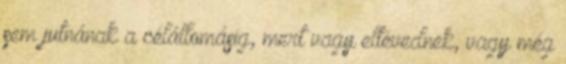
sem jutnának a célállomásig, mert vagy eltévednek, vagy még